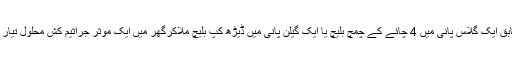
ماہرین کے مطابق ایک گلاس پانی میں 4 چائے کے چمچ بلیچ یا ایک گیلن پانی میں ڈیڑھ کپ بلیچ ملاکرگھر میں ایک موثر جراثیم کش محلول تیار کیا جاسکتا ہے۔